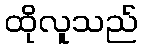
ထိုလူသည်